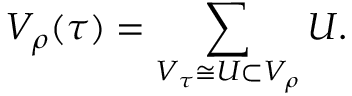
V _ { \rho } ( \tau ) = \sum _ { V _ { \tau } \cong U \subset V _ { \rho } } U .